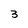
Character: 3